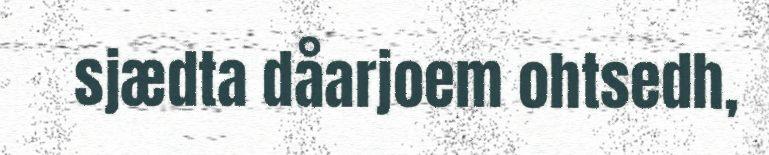
sjædta dåarjoem ohtsedh,